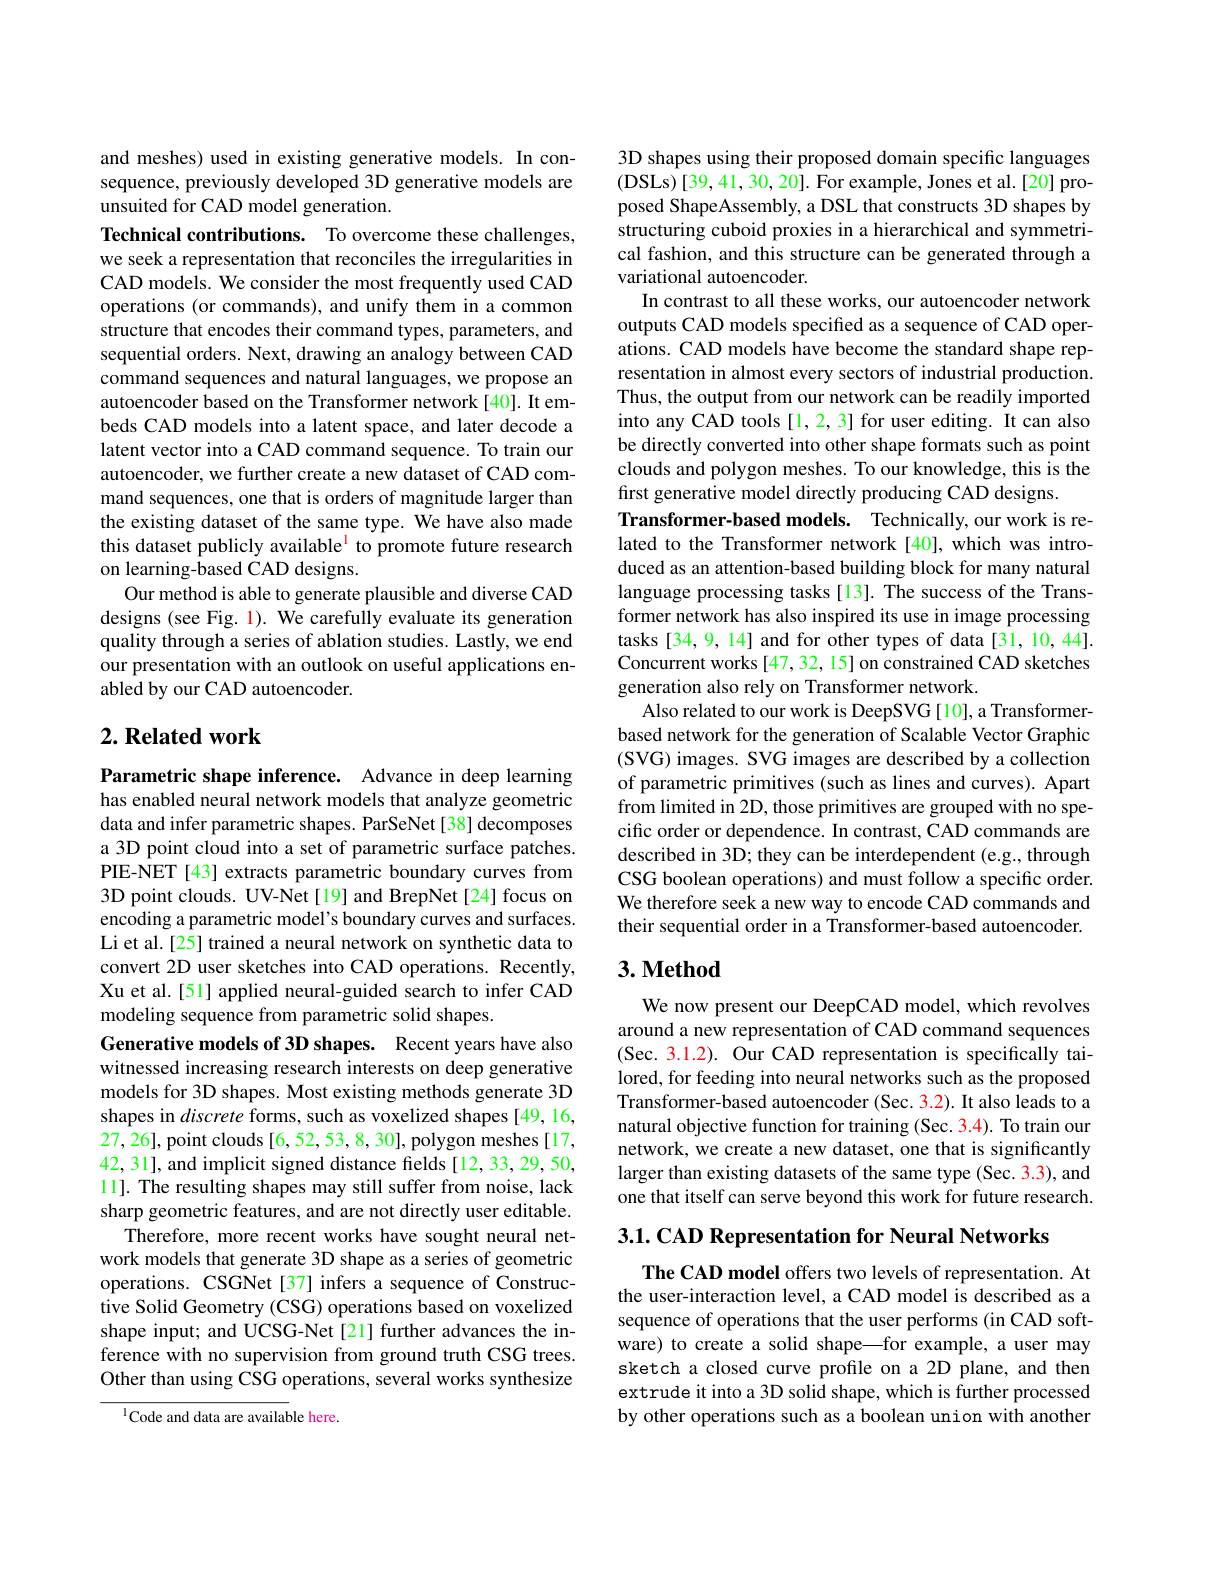
and meshes) used in existing generative models. In consequence, previously developed 3D generative models are unsuited for CAD model generation.

Technical contributions. To overcome these challenges, we seek a representation that reconciles the irregularities in CAD models. We consider the most frequently used CAD operations (or commands), and unify them in a common structure that encodes their command types, parameters, and sequential orders. Next, drawing an analogy between CAD command sequences and natural languages, we propose an autoencoder based on the Transformer network[40]. It embeds CAD models into a latent space, and later decode a latent vector into a CAD command sequence. To train our autoencoder, we further create a new dataset of CAD command sequences, one that is orders of magnitude larger than the existing dataset of the same type. We have also made this dataset publicly available$^{\mathrm{l}}$ to promote future research on learning-based $\dot{\text{CAD designs.}}$
Our method is able to generate plausible and diverse CAD designs (see Fig. 1). We carefully evaluate its generation quality through a series of ablation studies. Lastly, we end our presentation with an outlook on useful applications enabled by our CAD autoencoder.

## $2. \textbf{ Related work}$

Parametric shape inference. Advance in deep learning has enabled neural network models that analyze geometric data and infer parametric shapes. ParSeNet[38] decomposes a 3D point cloud into a set of parametric surface patches. PIE-NET [43] extracts parametric boundary curves from 3D point clouds. UV-Net[19] and BrepNet[24] focus on encoding a parametric model's boundary curves and surfaces. Li et al.[25] trained a neural network on synthetic data to convert 2D user sketches into CAD operations. Recently, Xu et al.[51] applied neural-guided search to infer CAD modeling sequence from parametric solid shapes.
Generative models of 3D shapes. Recent years have also witnessed increasing research interests on deep generative models for 3D shapes. Most existing methods generate 3D shapes in discrete forms, such as voxelized shapes [49,16, 27,26],point clouds[6,52,53,8,30],polygon meshes[17, 42, 31], and implicit signed distance fields [12, 33, 29, 50, 11]. The resulting shapes may still suffer from noise, lack sharp geometric features, and are not directly user editable.
Therefore, more recent works have sought neural network models that generate 3D shape as a series of geometric operations. CSGNet[37] infers a sequence of Constructive Solid Geometry (CSG) operations based on voxelized shape input; and UCSG-Net[21] further advances the inference with no supervision from ground truth CSG trees. Other than using CSG operations, several works synthesize
$^{1}$Code and data are available here.

3D shapes using their proposed domain specific languages ( DSLs) [ 39, 41, 30, 20] . For example, Jones et al. [ 20] pro- posed ShapeAssembly, a DSL that constructs 3D shapes by structuring cuboid proxies in a hierarchical and symmetrical fashion, and this structure can be generated through a variational autoencoder.
In contrast to all these works, our autoencoder network outputs CAD models specified as a sequence of CAD operations. CAD models have become the standard shape representation in almost every sectors of industrial production. Thus, the output from our network can be readily imported into any CAD tools [1,2,3] for user editing. It can also be directly converted into other shape formats such as point clouds and polygon meshes. To our knowledge, this is the first generative model directly producing CAD designs.
Transformer-based models. Technically, our work is related to the Transformer network [40], which was introduced as an attention-based building block for many natural language processing tasks[13]. The success of the Transformer network has also inspired its use in image processing tasks [34,9,14] and for other types of data[31,10,44]. Concurrent works [47, 32, 15] on constrained CAD sketches generation also rely on Transformer network.
Also related to our work is DeepSVG [10], a Transformerbased network for the generation of Scalable Vector Graphic (SVG) images. SVG images are described by a collection of parametric primitives (such as lines and curves). Apart from limited in 2D, those primitives are grouped with no specific order or dependence. In contrast, CAD commands are described in 3D; they can be interdependent (e.g., through CSG boolean operations) and must follow a specific order. We therefore seek a new way to encode CAD commands and their sequential order in a Transformer-based autoencoder. $3. \textbf{ Method}$

We now present our DeepCAD model, which revolves around a new representation of CAD command sequences (Sec. 3. 1. 2) . Our CAD representation is specifically tai- lored, for feeding into neural networks such as the proposed Transformer-based autoencoder (Sec. 3.2). It also leads to a natural objective function for training (Sec. 3.4). To train our network, we create a new dataset, one that is significantly larger than existing datasets of the same type (Sec. 3.3), and one that itself can serve beyond this work for future research.

3.1. CAD Representation for Neural Networks

The CAD model offers two levels of representation. At the user-interaction level, a CAD model is described as a sequence of operations that the user performs (in CAD software) to create a solid shape—for example, a user may sketch a closed curve profile on a 2D plane, and then extrude it into a 3D solid shape, which is further processed by other operations such as a boolean union with another